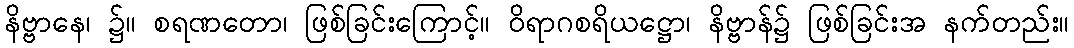
နိဗ္ဗာနေ၊ ၌။ စရဏတော၊ ဖြစ်ခြင်းကြောင့်။ ဝိရာဂစရိယဋ္ဌော၊ နိဗ္ဗာန်၌ ဖြစ်ခြင်းအ နက်တည်း။